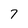
Character: 7